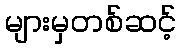
များမှတစ်ဆင့်